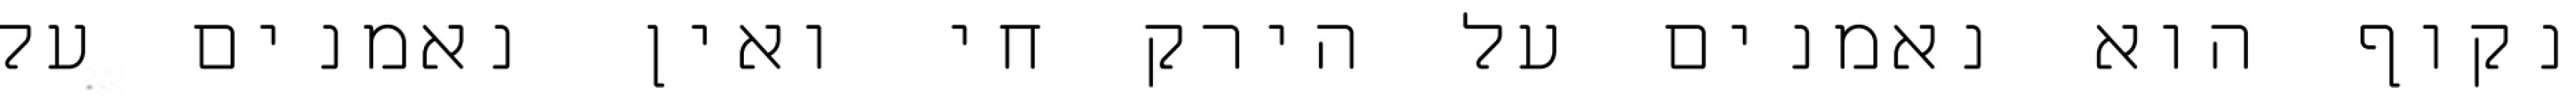
נקוף הוא נאמנים על הירק חי ואין נאמנים על